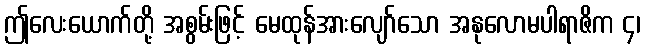
ဤလေးယောက်တို့ အစွမ်းဖြင့် မေထုန်အားလျော်သော အနုလောမပါရာဇိက ၄၊